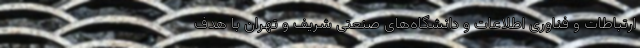
ارتباطات و فناوری اطلاعات و دانشگاه‌های صنعتی شریف و تهران با هدف